Civil Veterinary Department. United Provinces 1932-42 - 1932-1942
Year: 1932
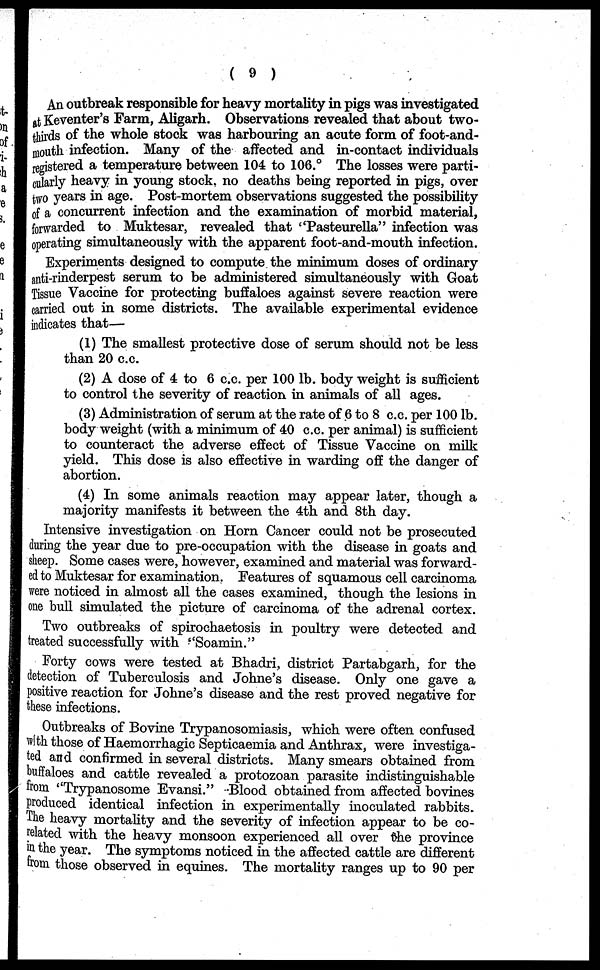
( 9 )
An outbreak responsible for heavy mortality in pigs was investigated
at Keventer's Farm, Aligarh. Observations revealed that about two-
thirds of the whole stock was harbouring an acute form of foot-and-
mouth infection. Many of the affected and in-contact individuals
registered a temperature between 104 to 106.° The losses were parti-
cularly heavy in young stock, no deaths being reported in pigs, over
two years in age. Post-mortem observations suggested the possibility
of a concurrent infection and the examination of morbid material,
forwarded to Muktesar, revealed that "Pasteurella" infection was
operating simultaneously with the apparent foot-and-mouth infection.
Experiments designed to compute the minimum doses of ordinary
anti-rinderpest serum to be administered simultaneously with Goat
Tissue Vaccine for protecting buffaloes against severe reaction were
carried out in some districts. The available experimental evidence
indicates that—
(1) The smallest protective dose of serum should not be less
than 20 c.c.
(2) A dose of 4 to 6 c.c. per 100 lb. body weight is sufficient
to control the severity of reaction in animals of all ages.
(3) Administration of serum at the rate of 6 to 8 c.c. per 100 lb.
body weight (with a minimum of 40 c.c. per animal) is sufficient
to counteract the adverse effect of Tissue Vaccine on milk
yield. This dose is also effective in warding off the danger of
abortion.
(4) In some animals reaction may appear later, though a
majority manifests it between the 4th and 8th day.
Intensive investigation on Horn Cancer could not be prosecuted
during the year due to pre-occupation with the disease in goats and
sheep. Some cases were, however, examined and material was forward-
ed to Muktesar for examination. Features of squamous cell carcinoma
were noticed in almost all the cases examined, though the lesions in
one bull simulated the picture of carcinoma of the adrenal cortex.
Two outbreaks of spirochaetosis in poultry were detected and
treated successfully with "Soamin."
Forty cows were tested at Bhadri, district Partabgarh, for the
detection of Tuberculosis and Johne's disease. Only one gave a
positive reaction for Johne's disease and the rest proved negative for
these infections.
Outbreaks of Bovine Trypanosomiasis, which were often confused
with those of Haemorrhagic Septicaemia and Anthrax, were investiga-
ted and confirmed in several districts. Many smears obtained from
buffaloes and cattle revealed a protozoan parasite indistinguishable
from "Trypanosome Evansi." Blood obtained from affected bovines
produced identical infection in experimentally inoculated rabbits.
The heavy mortality and the severity of infection appear to be co-
related with the heavy monsoon experienced all over the province
in the year. The symptoms noticed in the affected cattle are different
from those observed in equines. The mortality ranges up to 90 per